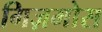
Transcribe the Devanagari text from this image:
गिज़मोस